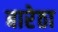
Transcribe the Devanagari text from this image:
बारेठा